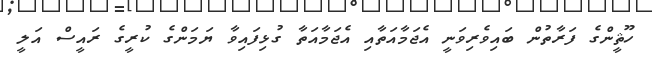
ހޫޘީންގެ ފަރާތުން ބައިވެރިވަނީ އެޖަމާއަތާއި އެޖަމާއަތާ ގުޅިފައިވާ ޔަމަންގެ ކުރީގެ ރައީސް އަލީ